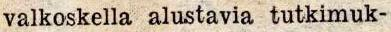
valkoskella alustavia tutkimuk-